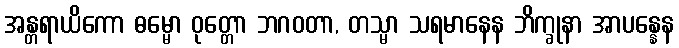
အန္တရာယိကော ဓမ္မော ဝုတ္တော ဘဂဝတာ, တသ္မာ သရမာနေန ဘိက္ခုနာ အာပန္နေန